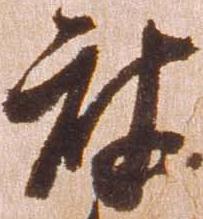
被